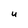
Character: u